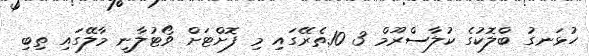
ހުޅަނގު ބްލޮކުގެ ކުލާސްރޫމް 3 10